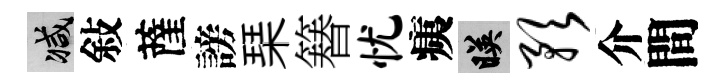
减敍薩謗琹簮忧痍映预介間